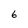
Character: 6